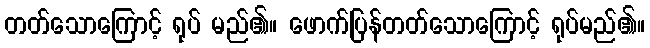
တတ်သောကြောင့် ရုပ် မည်၏။ ဖောက်ပြန်တတ်သောကြောင့် ရုပ်မည်၏။